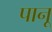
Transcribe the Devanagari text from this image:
पानू